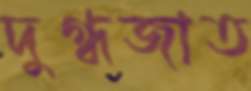
দুগ্ধজাত